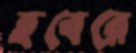
হবেরে